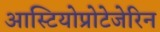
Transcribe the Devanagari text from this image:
आस्टियोप्रोटेजेरिन